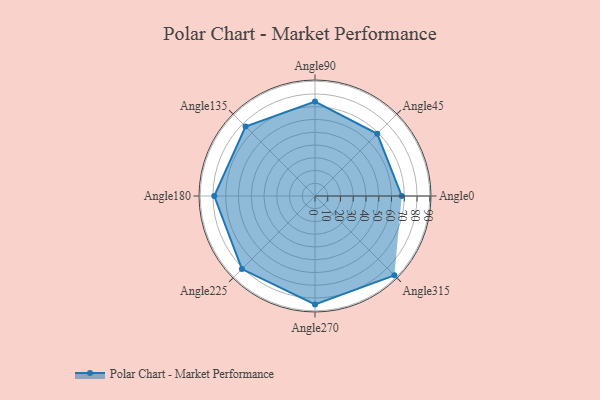
{"axis": {"x": "Angle", "y": "Radius"}, "legend": [""], "data": [{"x": "Angle0", "y": 68.0, "type": ""}, {"x": "Angle45", "y": 69.0, "type": ""}, {"x": "Angle90", "y": 74.0, "type": ""}, {"x": "Angle135", "y": 77.0, "type": ""}, {"x": "Angle180", "y": 79.0, "type": ""}, {"x": "Angle225", "y": 81.0, "type": ""}, {"x": "Angle270", "y": 85.0, "type": ""}, {"x": "Angle315", "y": 88.0, "type": ""}]}